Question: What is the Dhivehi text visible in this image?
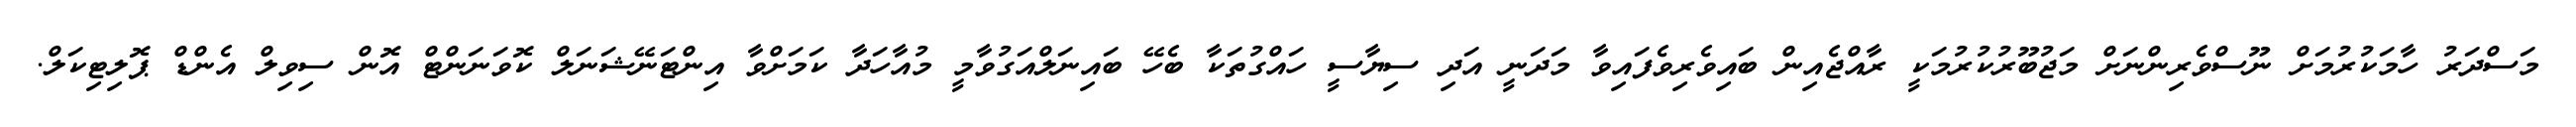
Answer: މަސްދަރު ހާމަކުރުމަށް ނޫސްވެރިންނަށް މަޖުބޫރުކުރުމަކީ ރާއްޖެއިން ބައިވެރިވެފައިވާ މަދަނީ އަދި ސިޔާސީ ހައްގުތަކާ ބެހޭ ބައިނަލްއަގުވާމީ މުއާހަދާ ކަމަށްވާ އިންޓަނޭޝަނަލް ކޮވަނަންޓް އޮން ސިވިލް އެންޑް ޕޮލިޓިކަލް.